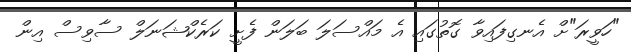
"ހަވީރަ"ށް އެނގިފައިވާ ގޮތުގައި އެ މައްސަލަ ބަލަން ފެށީ ކަރެކްޝަނަލް ސާވިސް އިން